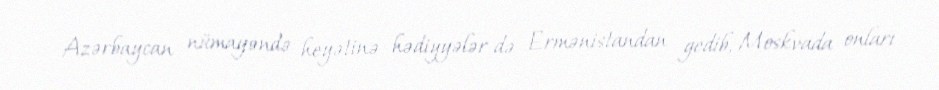
Azərbaycan nümayəndə heyətinə hədiyyələr də Ermənistandan gedib, Moskvada onları